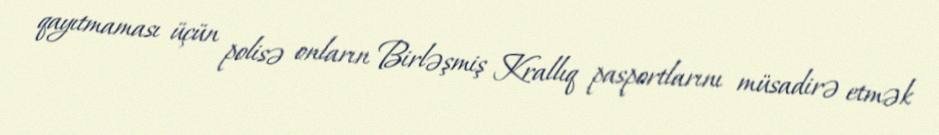
qayıtmaması üçün polisə onların Birləşmiş Krallıq pasportlarını müsadirə etmək